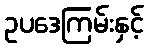
ဥပဒေကြမ်းနှင့်